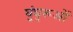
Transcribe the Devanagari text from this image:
घुंघुरूओं